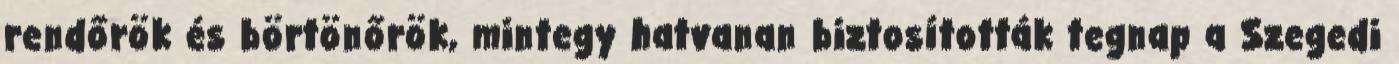
rendőrök és börtönőrök, mintegy hatvanan biztosították tegnap a Szegedi